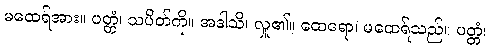
မထေရ်အား။ ပတ္တံ၊ သပိတ်ကို။ အဒါသိ၊ လှူ၏။ ထေရော၊ မထေရ်သည်။ ပတ္တံ၊